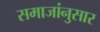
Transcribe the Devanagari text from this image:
समाजांनुसार